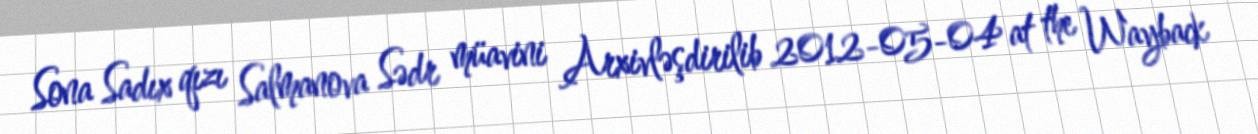
Sona Sadıx qızı Salmanova Sədr müavini Arxivləşdirilib 2012-05-04 at the Wayback